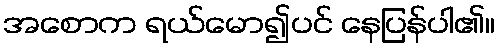
အစောက ရယ်မော၍ပင် နေပြန်ပါ၏။